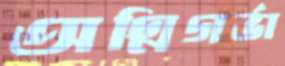
অগ্নিগর্ভা